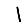
Digit: 1